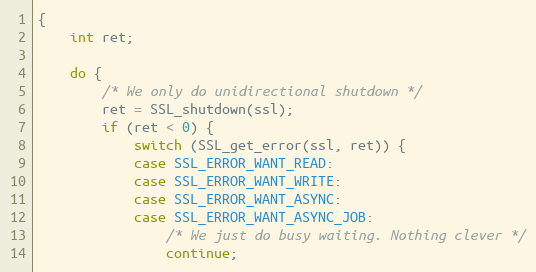
Language: C
{
    int ret;

    do {
        /* We only do unidirectional shutdown */
        ret = SSL_shutdown(ssl);
        if (ret < 0) {
            switch (SSL_get_error(ssl, ret)) {
            case SSL_ERROR_WANT_READ:
            case SSL_ERROR_WANT_WRITE:
            case SSL_ERROR_WANT_ASYNC:
            case SSL_ERROR_WANT_ASYNC_JOB:
                /* We just do busy waiting. Nothing clever */
                continue;